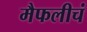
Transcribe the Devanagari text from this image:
मैफलीचं